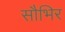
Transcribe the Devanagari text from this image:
सौभिर